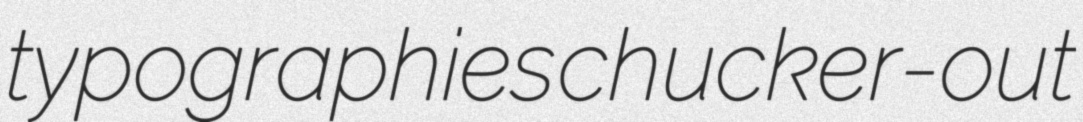
typographies chucker-out